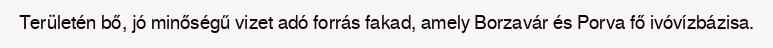
Területén bő, jó minőségű vizet adó forrás fakad, amely Borzavár és Porva fő ivóvízbázisa.